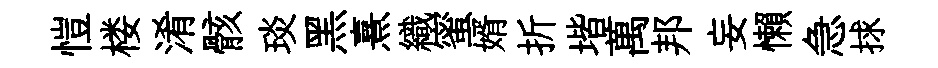
愷楼淆骸琰黑熹織蜜婿折堦萬邦妄懶急捄